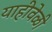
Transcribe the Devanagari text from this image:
याहीवेळी